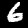
Digit: 6